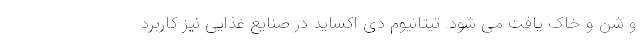
و شن و خاک یافت می شود. تیتانیوم دی اکساید در صنایع غذایی نیز کاربرد